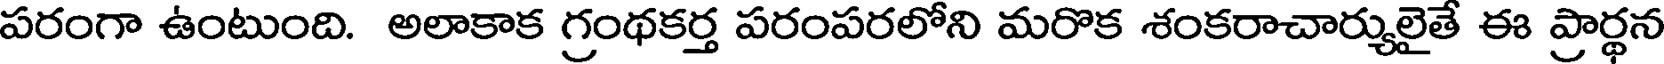
పరంగా ఉంటుంది. అలాకాక గ్రంథకర్త పరంపరలోని మరొక శంకరాచార్యులైతే ఈ ప్రార్థన